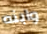
وابنه